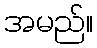
အမည်။